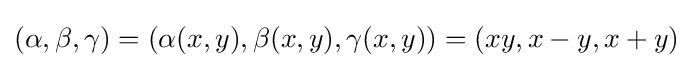
(\alpha ,\beta ,\gamma )=(\alpha (x,y),\beta (x,y),\gamma (x,y))=(xy,x-y,x+y)